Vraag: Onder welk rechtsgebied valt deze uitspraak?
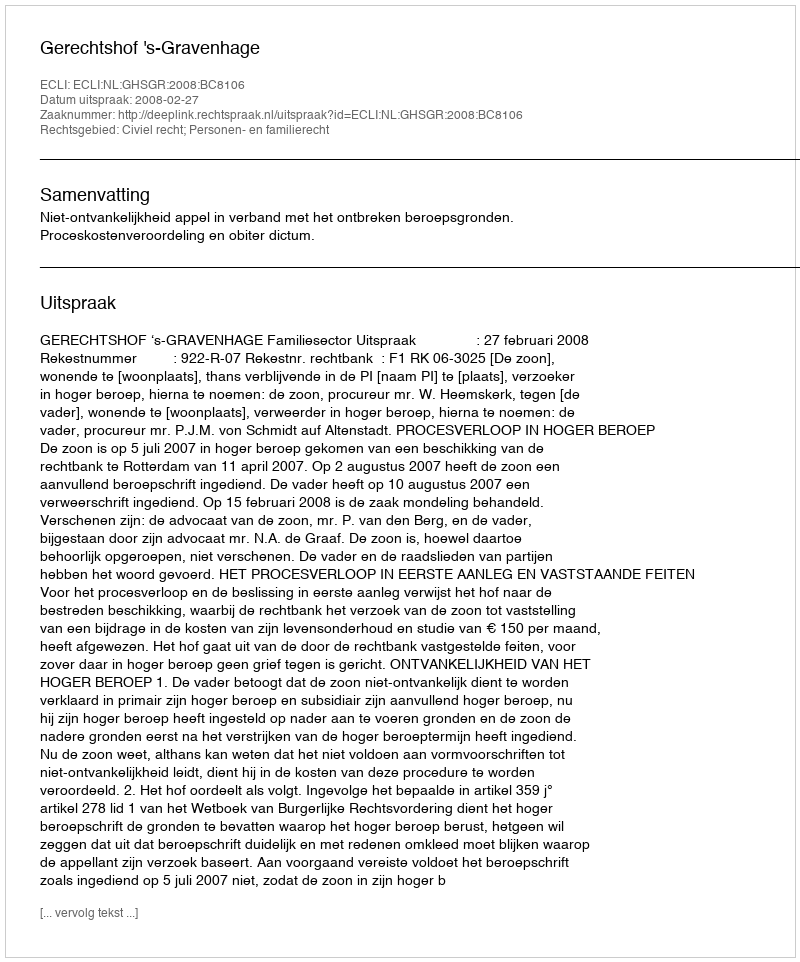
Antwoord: Civiel recht; Personen- en familierecht